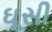
ઘૂસી